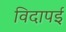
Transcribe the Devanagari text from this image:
विदापई